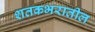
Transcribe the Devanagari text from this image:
शतकभरातील